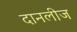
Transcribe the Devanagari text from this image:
दानलीज